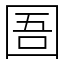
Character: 圄